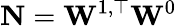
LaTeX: \mathbf N=\mathbf W^{1,\top}\mathbf W^{0}